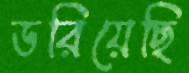
ডরিয়েছি